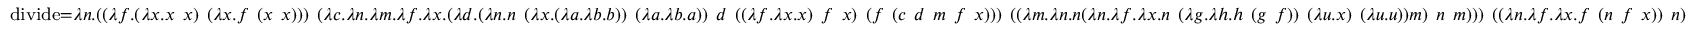
\scriptstyle \operatorname { d i v i d e } = \lambda n . ( ( \lambda f . ( \lambda x . x \ x ) \ ( \lambda x . f \ ( x \ x ) ) ) \ ( \lambda c . \lambda n . \lambda m . \lambda f . \lambda x . ( \lambda d . ( \lambda n . n \ ( \lambda x . ( \lambda a . \lambda b . b ) ) \ ( \lambda a . \lambda b . a ) ) \ d \ ( ( \lambda f . \lambda x . x ) \ f \ x ) \ ( f \ ( c \ d \ m \ f \ x ) ) ) \ ( ( \lambda m . \lambda n . n ( \lambda n . \lambda f . \lambda x . n \ ( \lambda g . \lambda h . h \ ( g \ f ) ) \ ( \lambda u . x ) \ ( \lambda u . u ) ) m ) \ n \ m ) ) ) \ ( ( \lambda n . \lambda f . \lambda x . f \ ( n \ f \ x ) ) \ n )